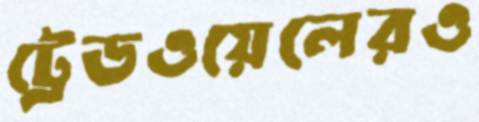
ট্রেডওয়েলেরও